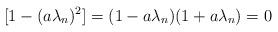
LaTeX: \begin{align*}[1-(a\lambda_{n})^{2}]=(1-a\lambda_{n})(1+a\lambda_{n})=0\end{align*}